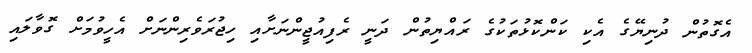
އެގޮތުން ދުނިޔޭގެ އެކި ކަންކޮޅުތަކުގެ ރައްޔިތުން ދަނީ ރެފިއުޖީންނަށާއި ހިޖުރަވެރިންނަށް އެހީވުމަށް ގޮވާލައި